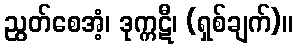
ညွတ်စေအံ့၊ ဒုက္ကဋီ၊ (ရှစ်ချက်)။